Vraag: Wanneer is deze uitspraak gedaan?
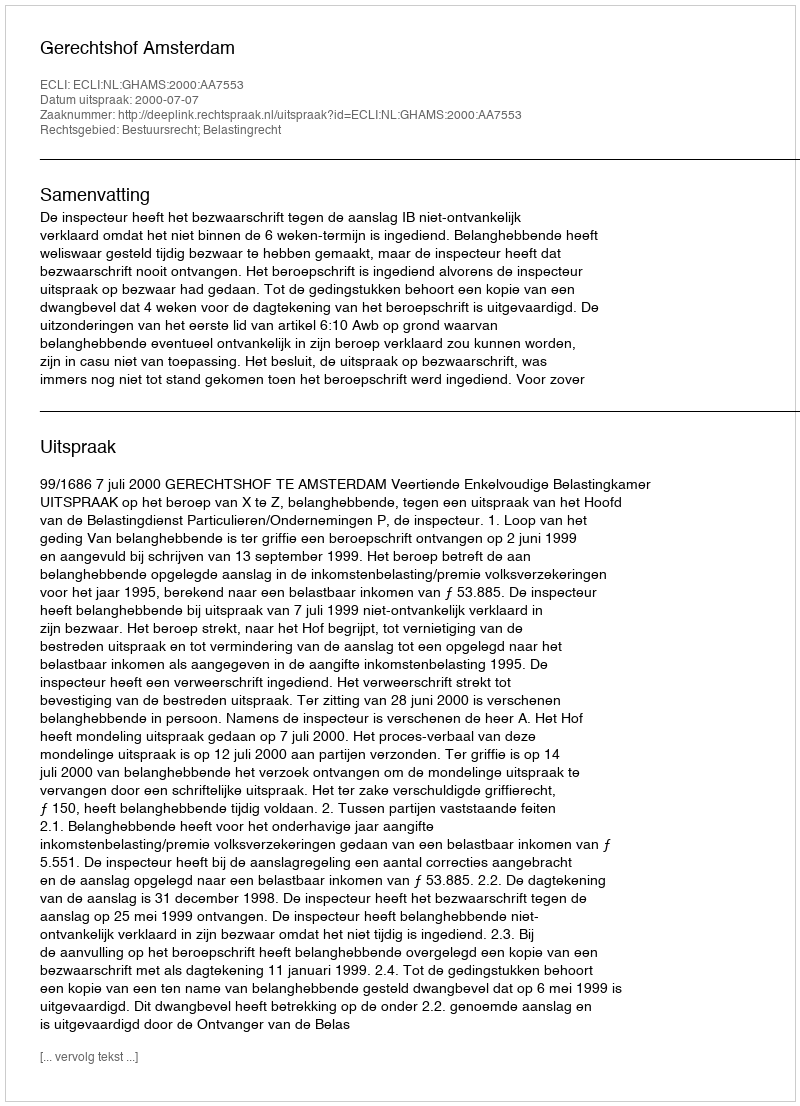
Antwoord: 2000-07-07